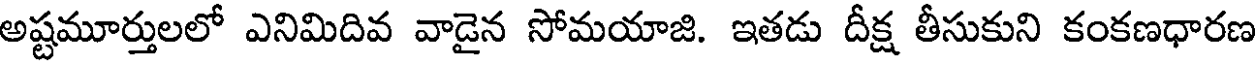
అష్టమూర్తులలో ఎనిమిదివ వాడైన సోమయాజి. ఇతడు దీక్ష తీసుకుని కంకణధారణ